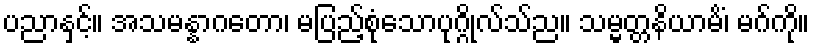
ပညာနှင့်။ အသမန္နာဂတော၊ မပြည့်စုံသောပုဂ္ဂိုလ်သ်ည။ သမ္မတ္တနိယာမိံ၊ မဂ်ကို။